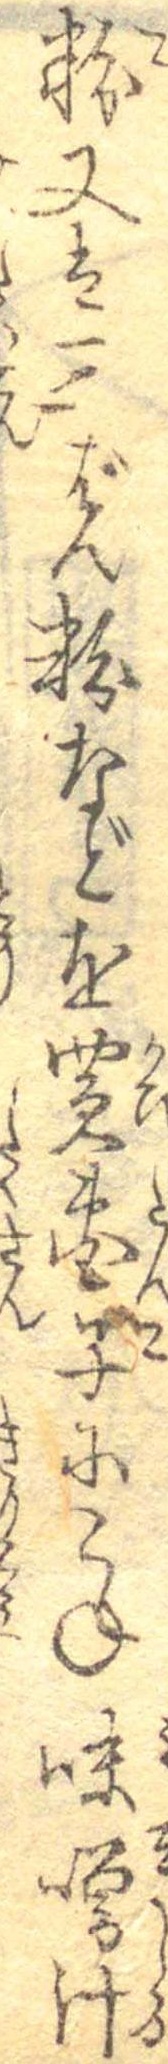
粉又は三ばん粉などを買団子にこね味噌汁